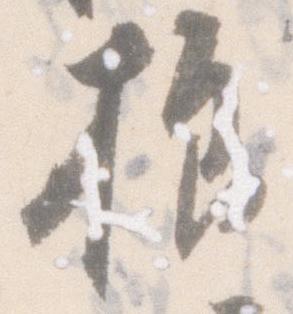
様